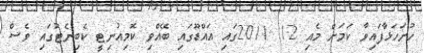
ހުށަހަޅާފައިވާ ކަމަށް މެއި 12 2011ގައި އައްޑޫގައި ބޭއްވި ކޮމިއުނިޓީ ކެބިނެޓުގައި ވެސް